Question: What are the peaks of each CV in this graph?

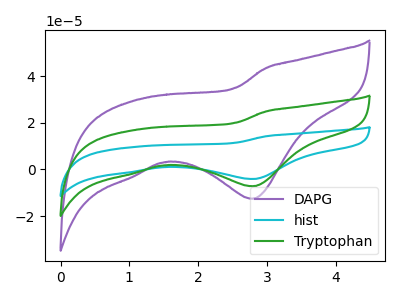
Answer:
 <answer>The purple curve "DAPG" has a cathodic peak at: (2.80V, -12.55uA). The cyan curve "hist" has a cathodic peak at: (2.80V, -14.35uA). The green curve "Tryptophan" has a cathodic peak at: (2.80V, -7.15uA).</answer>
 <eval></eval>